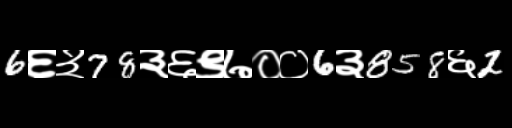
Text: 6६३78३६९७००6३858६2